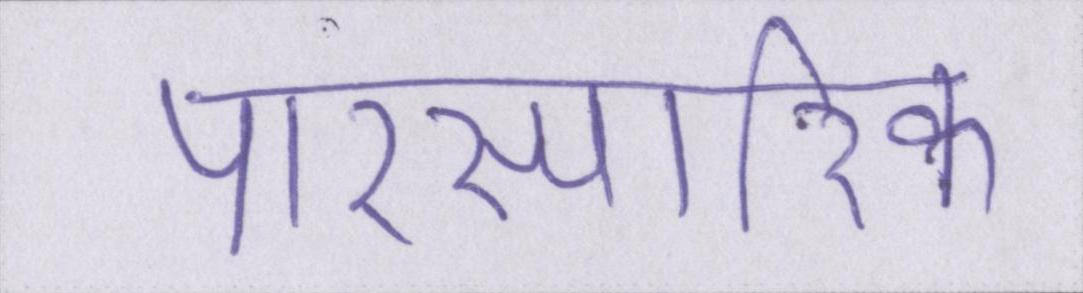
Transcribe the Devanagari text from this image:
पारस्परिक